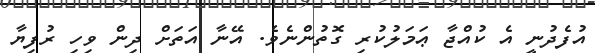
އުފެދުނީ އެ ކުއްޖާ ޢަމަލުކުރި ގޮތުންނެވެ. އޭނާ އަތަށް ދިން ވިހި ރުފިޔާ